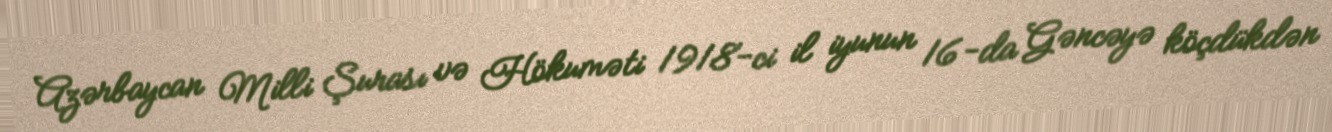
Azərbaycan Milli Şurası və Hökuməti 1918-ci il iyunun 16-da Gəncəyə köçdükdən